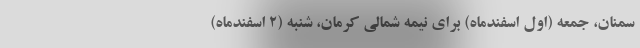
سمنان، جمعه (اول اسفندماه) برای نیمه شمالی کرمان، شنبه (۲ اسفندماه)